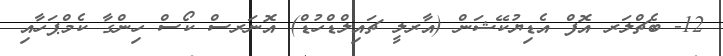
12- ބެޗްލަރ އޮފް އެޑިޔުކޭޝަން (އާރލީ ޗައިލްޑްހުޑް) އޮނަރސް ކޯސް ހިންގާ ކެމްޕަހާއި